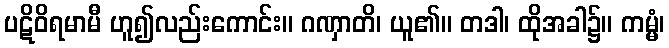
ပဋိဝိရမာမီ ဟူ၍လည်းကောင်း။ ဂဏှာတိ၊ ယူ၏။ တဒါ၊ ထိုအခါ၌။ ကမ္မံ၊